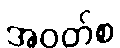
အဝတ်စ